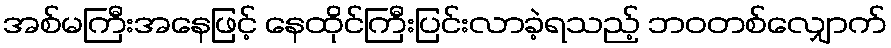
အစ်မကြီးအနေဖြင့် နေထိုင်ကြီးပြင်းလာခဲ့ရသည့် ဘဝတစ်လျှောက်